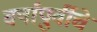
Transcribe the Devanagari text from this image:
वर्षापुर्वीचे